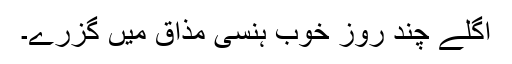
اگلے چند روز خوب ہنسی مذاق میں گزرے۔